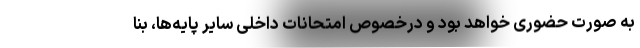
به صورت حضوری خواهد بود و درخصوص امتحانات داخلی سایر پایه‌ها، بنا